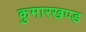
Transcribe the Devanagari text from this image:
कुमारखण्ड